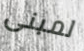
لمبنى